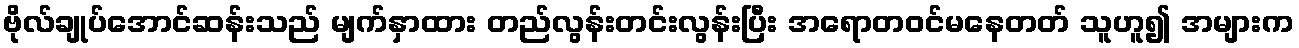
ဗိုလ်ချုပ်အောင်ဆန်းသည် မျက်နှာထား တည်လွန်းတင်းလွန်းပြီး အရောတဝင်မနေတတ် သူဟူ၍ အများက